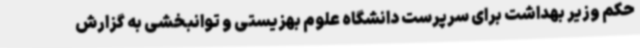
حکم وزیر بهداشت برای سرپرست دانشگاه علوم بهزیستی و توانبخشی به گزارش